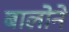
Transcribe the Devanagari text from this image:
बालोने